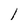
Character: l